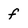
Character: f